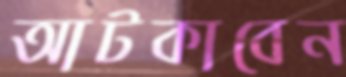
আটকাবেন